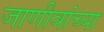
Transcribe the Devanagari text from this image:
जाणीवांच्या